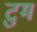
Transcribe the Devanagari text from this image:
टुम